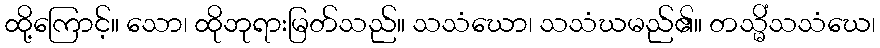
ထို့ကြောင့်။ သော၊ ထိုဘုရားမြတ်သည်။ သသံဃော၊ သသံဃမည်၏။ တသ္မိံသသံဃေ၊